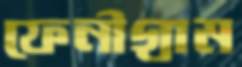
ফেনীগ্রাম